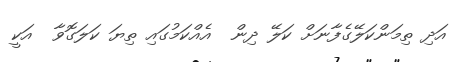
އަދި ތިމަންކަލޭގެފާނަށް ކަލޭ ދިން  އެއްކަމުގައި ތިޔަ ކަލަގޮވާ  އަކީ